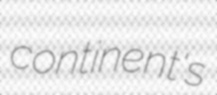
continent's